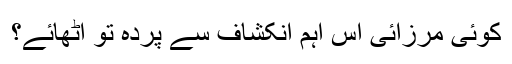
کوئی مرزائی اس اہم انکشاف سے پردہ تو اٹھائے؟